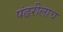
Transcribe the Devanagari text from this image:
पंढरीलाच